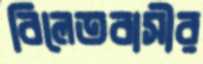
বিলেতবাসীর